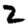
Digit: 2